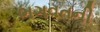
ભગવતની